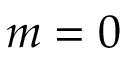
m = 0